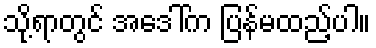
သို့ရာတွင် အဒေါ်က ပြန်မထည့်ပါ။